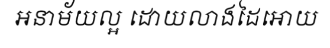
អនាម័យល្អ ដោយលាងដៃអោយ